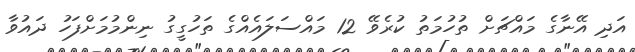
އަދި އޭނާގެ މައްޗަށް ތުހުމަތު ކުރެވޭ 12 މައްސަލައެއްގެ ތަހުގީގު ނިންމުމަށްފަހު ދައުވާ